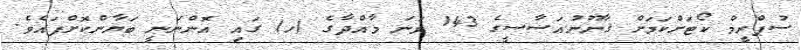
ސުޕްރީމް ކޯޓަށްކަމަށް ޤާނޫނުއަސާސީގެ 143 ވަނަ މާއްދާގެ (ހ) ގައި އޮންނަނީ ބަޔާންކޮށްފައެވެ.